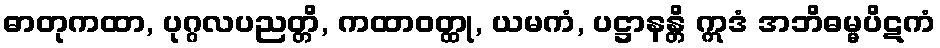
ဓာတုကထာ, ပုဂ္ဂလပညတ္တိ, ကထာဝတ္ထု, ယမကံ, ပဋ္ဌာနန္တိ ဣဒံ အဘိဓမ္မပိဋကံ